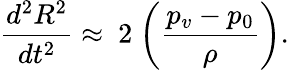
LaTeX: \frac{d^{2}R^{2}}{dt^{2}}\approx~2~\bigg(\frac{p_{v}-p_{0}}{\rho}\bigg).